Annual report on the lock hospitals of the Madras Presidency
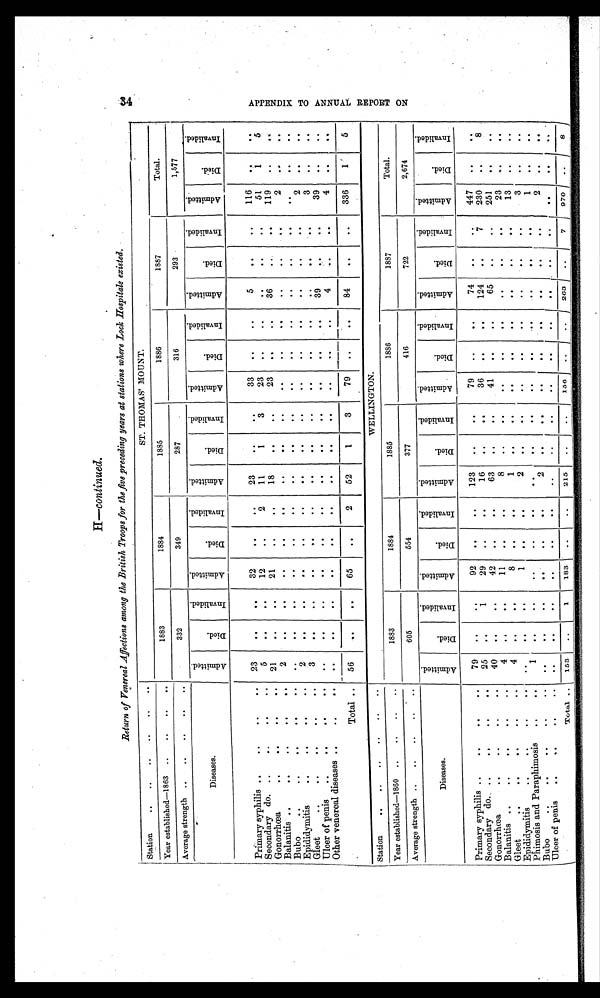
H.—continued.
Return of Venereal Affections among the British Troops for the five preceding years at stations where Lock Hospitals existed.
Station
.. .. .. .. ..
ST. THOMAS' MOUNT.
Year established—1863 .. ..
..
.
1883
1884
1885
1886
1887
Total.
Average strength . .
.. .. .. ..
332
349
287
316
293
1,577
Diseases.
A d m i t t e d .
D i e d .
I n v a l i d e d . A d m i t t e d .
D i e d .
I n v a l i d e d .
A d m i t t e d .
D i e d .
I n v a l i d e d .
A d m i t t e d .
D i e d .
I n v a l i d e d .
A d m i t t e d .
D i e d .
I n v a l i d e d .
A d m i t t e d .
D i e d .
I n v a l i d e d .
Primary syphilis
..
.. .. ..
23
. .
..
32
. .
. . 23
. .
. .
33
. .
. . 5
. .
. .
116
. .
..
Secondary do
..
.. .. ..
5
. .
. .
12
. .
2
11
1
3
23
. .
. .
. .
. .
. .
51
1
5
Gonorrhœa
..
.. .. ..
21
. .
. .
21
. .
. .
18
. .
. .
23
. .
. . 36
. .
. .
119
. . ..
Balanitis
..
.. .. ..
2
. .
. .
. .
. .
. .
. .
. .
. .
. .
. .
. .
. . . .
. .
2 . .
..
Bubo
..
..
.. ..
..
. .
. .
. .
. .
. .
. .
. .
. .
. .
. .
. .
. . . .
. .
..
. .
..
Epididymitis
..
.. .. ..
2
. .
. .
. .
. .
. .
. .
. .
. .
. .
. .
. .
. .
. .
. .
2
. .
..
Gleet
..
.. .. ..
3
. . ..
..
. .
. .
. .
. .
. .
. .
. .
. .
. .
. . ..
3
. .
..
Ulcer of penis
..
.. .. ..
. .
..
.. ..
. .
. .
. .
. .
..
. .
. .
. .
3 9 ..
. . 39
. . ..
Other venereal diseases
..
.. .. ..
. .
. .
. .
. .
. .
. .
. .
. .
. .
. .
. .
. . 4
. .
. .
4
. .
..
Total .. 56
. .
. .
65
. .
2
52
1
3
79
. .
. . 84
. .
. . 336
1
5
Station
..
.. .. ..
..
.. .. ..
WELLINGTON.
Year established—1860
..
.. .. ..
1883
1884
1885
1886
1887
Total.
Average strength
..
.. .. ..
605
554
377
416
722
2,674
Diseases.
Ad mi t t e d .
D i e d .
I n v a l i d e d .
A d m i t t e d .
D i e d .
I n v a l i d e d .
A d m i t t e d .
D i e d .
I n v a l i d e d .
Ad mi t t e d .
D i e d .
I n v a l i d e d .
A d m i t t e d .
D i e d .
I n v a l i d e d .
A d m i t t e d .
D i e d .
I n v a l i d e d .
Primary syphilis
.. .. ..
..
..
79
. .
. . 92
. .
.. 123
. .
..
79
. .
..
74
. .
. . 447 . .
. .
Secondary do
.. .. ..
..
25
. .
1
29 ..
..
16
. . ..
36
. . ..
1 2 4 . .
7
230
. .
8
Gonorrhœa .. .. ..
..
..
40
. .
. . 42
. .
..
63
. .
..
41
. .
. .
65 ..
. . 251
. .
. .
Balanitis .. .. ..
..
..
4
. . ..
11
. .
..
8
. .
.. ..
. .
. .
. .
. .
23
. . ..
Gleet
.. .. ..
..
..
4 ..
. .
8
. .
. .
1
. .
.. ..
. .
.. ..
..
..
13
. .
. .
Epididymitis
.. .. ..
..
..
..
.. ..
. . 1
. .
. .
2
. .
. .
..
. .
. .
..
. .
. .
3
. . ..
Phimosis and Paraphimosis
.. .. ..
..
..
1
. .
. .
. .
. .
. .
..
. .
. .
..
. .
..
. .
. .
1 ..
. .
Bubo
.. .. ..
..
..
..
. .
. .
. .
. .
. .
2
. .
..
..
. .
. .
..
. .
. .
2
. .
. .
Ulcer of penis
.. .. ..
..
..
..
. .
. . ..
. .
. .
..
. .
. . ..
. .
. .
..
. .
. .
. .
. . ..
T
o t a l
. . 153
. .
1
183
. .
. .
215
. . ..
156
. .
. .
263
. .
7
970 ..
8
34
A P P E N D I X T O A N N U A L R E P O R T O N